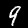
Digit: 9